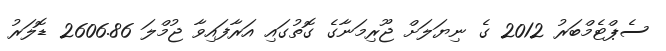
ސެޕްޓެމްބަރު 2012 ގެ ނިޔަލަށް ޖޫރިމަނާގެ ގޮތުގައި އަރާފައިވާ ޖުމްލަ 2606.86 ޑޮލަރު